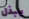
يبذل